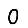
Digit: 0